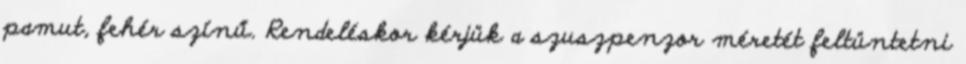
pamut, fehér színű. Rendeléskor kérjük a szuszpenzor méretét feltüntetni